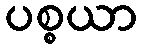
ပစ္စယာ